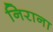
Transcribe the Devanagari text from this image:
निराना